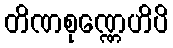
တိဏစုဏ္ဏေဟိပိ